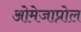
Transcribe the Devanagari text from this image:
ओमेजाप्रोल